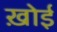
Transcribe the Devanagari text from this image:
ख़ोई